Report on vaccination in Madras 1877-1894 - 1877-1894
Year: 1877
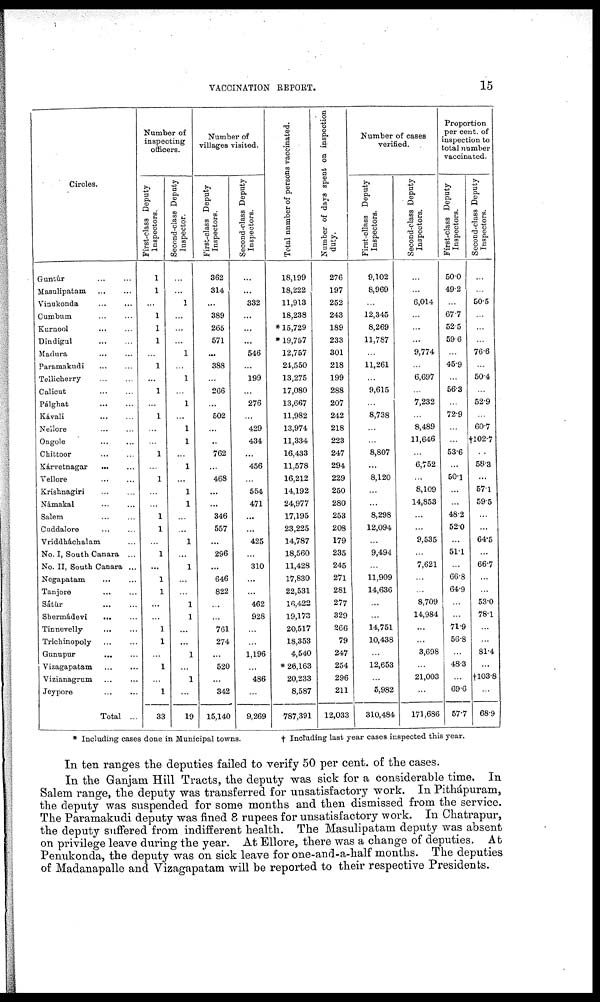
VACCINATION REPORT.
15
Circles.
Guntúr
...
...
Masulipatam
...
...
Vinukonda
...
...
Cumbum ... ...
Kurnool ... ...
Dindigul ... ...
Madura
...
...
Paramakudi ... ...
Tellicherry
...
...
Calicut ... ...
Pálghat
...
...
Kávali ... ...
Nellore ... ...
Ongole
...
...
Chittoor ... ...
Kárvetnagar
...
...
Vellore
...
...
Krishnagiri ... ...
Námakal ... ...
Salem ... ...
Cuddalore ... ...
Vriddháchalam ...
No. I, South Canara ...
No. II, South Canara ...
Negapatam ... ...
Tanjore
...
...
Sátur
...
...
Shermádevi
... ...
Tinnevelly
... ...
Trichinopoly ... ...
Gunupur
...
...
Vizagapatam
...
...
Vizianagrum ... ...
Jeypore
...
...
Total ...
Number of
inspecting
officers.
First-class Deputy
Inspectors..
1
1
...
1
1
1
...
1
...
1
...
1
...
...
1
...
1
...
...
1
1
...
1
...
1
1
...
...
1
1
...
1
...
1
33
Second-class Deputy
Inspector.
...
...
1
...
...
...
1
...
1
...
1
...
1
1
...
1
...
1
1
...
...
1
...
1
...
...
1
1
...
...
1
...
1
...
19
Number of
villages visited.
First-class Deputy
Inspectors.
362
314
...
389
265
571
...
388
...
266
...
502
...
...
762
...
468
...
...
346
557
...
296
...
646
822
...
...
761
274
...
520
...
342
15,140
Second-class Deputy
Inspectors.
...
...
332
...
...
...
546
...
199
...
276
...
429
434
...
456
...
554
471
...
...
425
...
310
...
...
462
928
...
...
1,196
...
486
...
9,269
Total number of persons vaccinated.
18,199
18,222
11,913
18,238
*15,729
*19,757
12,757
24,550
13,275
17,080
13,667
11,982
13,974
11,334
16,433
11,578
16,212
14,192
24,977
17,195
23,225
14,787
18,560
11,428
17,830
22,531
16,422
19,173
20,517
18,353
4,540
* 26,163
20,233
8,587
787,391
Number of days spent on inspection
duty.
276
197
252
243
189
233
301
218
199
288
207
242
218
223
247
294
229
250
280
253
208
179
235
245
271
281
277
329
266
79
247
254
296
211
12,033
Number of cases
verified.
First-cllass Deputy
Inspectors.
9,102
8,969
...
12,345
8,269
11,787
...
11,261
...
9,615
...
8,738
...
...
8,807
...
8,120
...
...
8,298
12,094
...
9,494
...
11,909
14,636
...
...
14,751
10,438
...
12,653
...
5,982
310,484
Second-class Deputy
Inspectors.
...
...
6,014
...
...
...
9,774
...
6,697
...
7,232
...
8,489
11,646
...
6,752
...
8,109
14,853
...
...
9,535
...
7,621
...
...
8,709
14,984
...
...
3,698
...
21,003
...
171,686
Proportion
per cent. of
inspection to
total number
vaccinated.
First-class Deputy
Inspectors.
50.0
49.2
...
67.7
52.5
59.6
...
45.9
...
56.3
...
72.9
...
...
53.6
...
50.1
...
...
48.2
52.0
...
51.1
...
66.8
64.9
...
...
71.9
56.8
...
48.3
69.6
57.7
Second-class Deputy
Inspectors.
...
...
50.5
...
...
...
76.6
...
50.4
...
52.9
...
60.7
†102.7
...
58.3
...
57.1
59.5
...
...
64.5
...
66.7
...
...
53.0
78.1
...
...
81.4
...
†103.8
...
68.9
* Including cases done in Municipal towns.
† Including last year cases inspected this year.
In ten ranges the deputies failed to verify 50 per cent. of the cases.
In the Ganjam Hill Tracts, the deputy was sick for a considerable time. In
Salem range, the deputy was transferred for unsatisfactory work. In Pithápuram,
the deputy was suspended for some months and then dismissed from the service.
The Paramakudi deputy was fined 8 rupees for unsatisfactory work. In Chatrapur,
the deputy suffered from indifferent health. The Masulipatam deputy was absent
on privilege leave during the year. At Ellore, there was a change of deputies. At
Penukonda, the deputy was on sick leave for one-and-a-half months. The deputies
of Madanapalle and Vizagapatam will be reported to their respective Presidents.